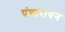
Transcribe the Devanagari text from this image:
पंचारायन